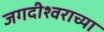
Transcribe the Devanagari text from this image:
जगदीश्‍वराच्या